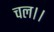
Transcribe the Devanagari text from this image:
चल।।